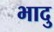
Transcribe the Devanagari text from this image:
भादु